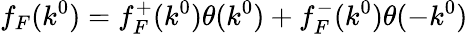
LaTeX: f_{F}(k^{0})=f_{F}^{+}(k^{0})\theta(k^{0})+f_{F}^{-}(k^{0})\theta(-k^{0})